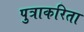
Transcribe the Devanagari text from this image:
पुत्राकरिता